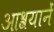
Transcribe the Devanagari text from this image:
आश्रयानें